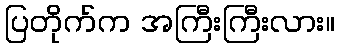
ပြတိုက်က အကြီးကြီးလား။